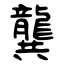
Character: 龔